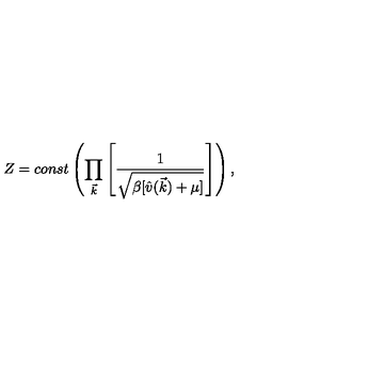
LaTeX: Z = c o n s t \left( \prod _ { \vec { k } } \left[ \frac { 1 } { \sqrt { \beta [ \hat { v } ( \vec { k } ) + \mu ] } } \right] \right) ,